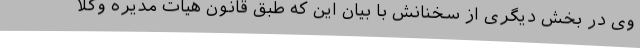
وی در بخش دیگری از سخنانش با بیان این که طبق قانون هیات مدیره وکلا